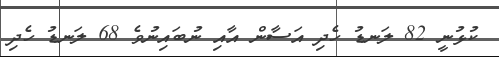
ކުޅުނީ 82 ލަނޑު ހެދި އަސާން އާއި ނުބައިނުވެ 68 ލަނޑު ހެދި